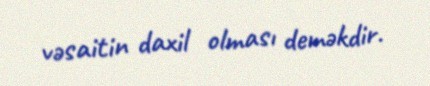
vəsaitin daxil olması deməkdir.